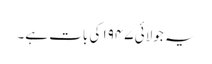
یہ جولائی ۱۹۴۷ کی بات ہے۔